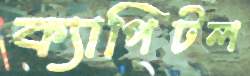
ক্যাপিটল